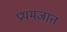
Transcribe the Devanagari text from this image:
प्रथमजात